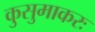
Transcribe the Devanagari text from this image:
कुसुमाकरः